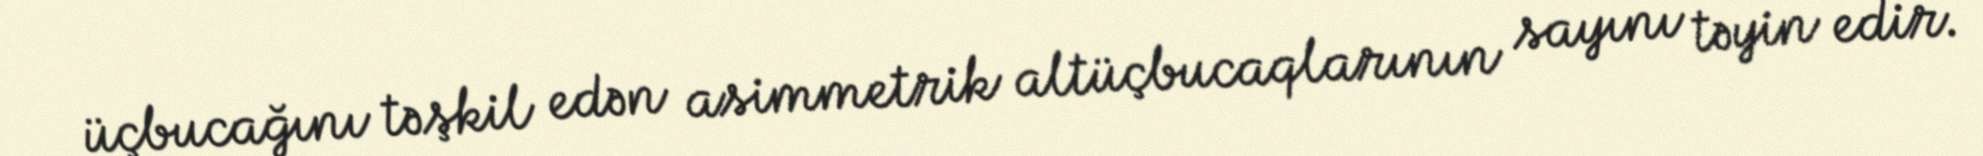
üçbucağını təşkil edən asimmetrik altüçbucaqlarının sayını təyin edir.